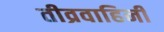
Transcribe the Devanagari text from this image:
तीव्रवाहिनी